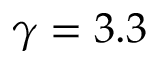
\gamma = 3 . 3